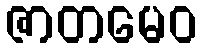
ဇာတမေဝ